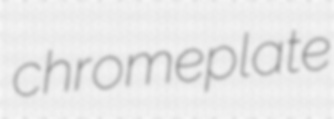
chromeplate